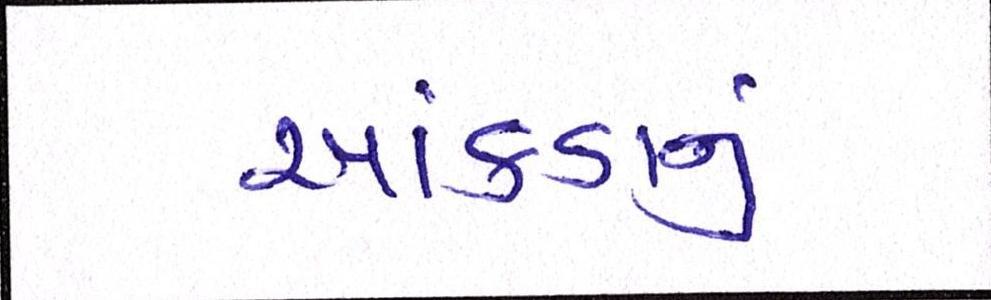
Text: આંકડાનું